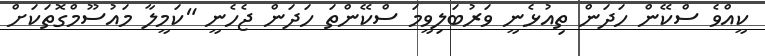
ކީއްވެ ސްކޭން ހަދަން ތިއުޅެނީ ވަރުބަލިވީމަ ސްކޭންތަ ހަދަން ޖެހެނީ "ކަމީލާ މައުސޫމްގޮތަކަށް